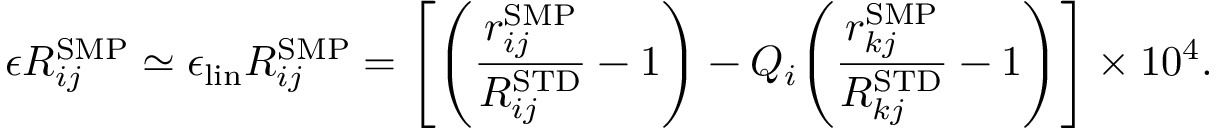
\epsilon R _ { i j } ^ { \mathrm { { S M P } } } \simeq \epsilon _ { \mathrm { l i n } } R _ { i j } ^ { \mathrm { S M P } } = { \left[ { \left( \frac { r _ { i j } ^ { \mathrm { S M P } } } { R _ { i j } ^ { \mathrm { { S T D } } } } - 1 \right) } - Q _ { i } { \left( \frac { r _ { k j } ^ { \mathrm { S M P } } } { R _ { k j } ^ { \mathrm { { S T D } } } } - 1 \right) } \right] } \times 1 0 ^ { 4 } .